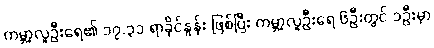
ကမ္ဘာ့လူဦးရေ၏ ၁၇.၃၁ ရာခိုင်နှုန်း ဖြစ်ပြီး ကမ္ဘာ့လူဦးရေ ၆ဦးတွင် ၁ဦးမှာ